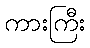
ကားကြီး